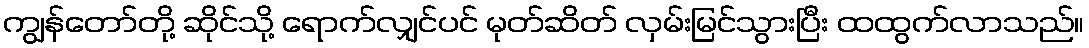
ကျွန်တော်တို့ ဆိုင်သို့ ရောက်လျှင်ပင် မုတ်ဆိတ် လှမ်းမြင်သွားပြီး ထထွက်လာသည်။